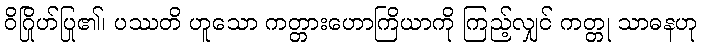
ဝိဂြိုဟ်ပြု၏၊ ပဿတိ ဟူသော ကတ္တားဟောကြိယာကို ကြည့်လျှင် ကတ္တု သာဓနဟု